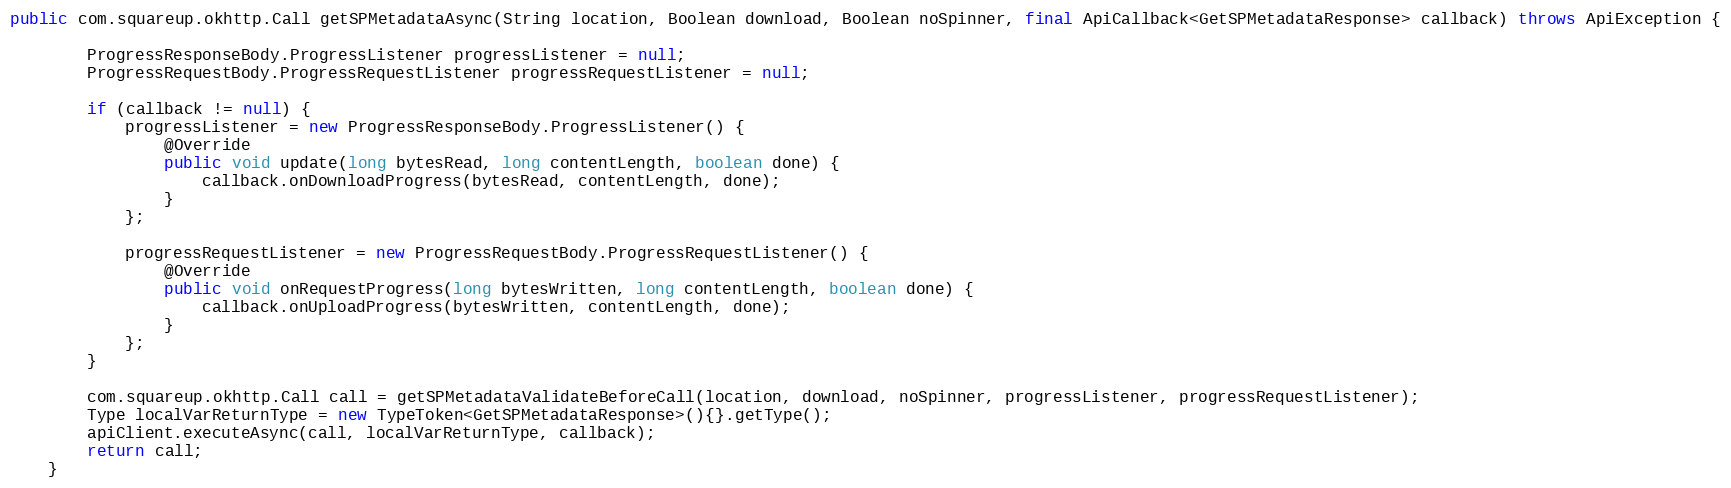
Language: Java
public com.squareup.okhttp.Call getSPMetadataAsync(String location, Boolean download, Boolean noSpinner, final ApiCallback<GetSPMetadataResponse> callback) throws ApiException {

        ProgressResponseBody.ProgressListener progressListener = null;
        ProgressRequestBody.ProgressRequestListener progressRequestListener = null;

        if (callback != null) {
            progressListener = new ProgressResponseBody.ProgressListener() {
                @Override
                public void update(long bytesRead, long contentLength, boolean done) {
                    callback.onDownloadProgress(bytesRead, contentLength, done);
                }
            };

            progressRequestListener = new ProgressRequestBody.ProgressRequestListener() {
                @Override
                public void onRequestProgress(long bytesWritten, long contentLength, boolean done) {
                    callback.onUploadProgress(bytesWritten, contentLength, done);
                }
            };
        }

        com.squareup.okhttp.Call call = getSPMetadataValidateBeforeCall(location, download, noSpinner, progressListener, progressRequestListener);
        Type localVarReturnType = new TypeToken<GetSPMetadataResponse>(){}.getType();
        apiClient.executeAsync(call, localVarReturnType, callback);
        return call;
    }